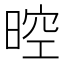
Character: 𣈞